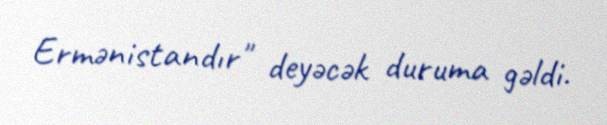
Ermənistandır" deyəcək duruma gəldi.